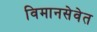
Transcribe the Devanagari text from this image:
विमानसेवेत